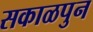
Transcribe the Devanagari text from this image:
सकाळपुन